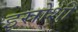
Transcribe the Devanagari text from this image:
इस्रोशी